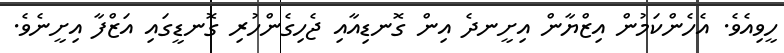
ހީވިއެވެ. އެހެންކަމުން އިޒްޔާން އިށީނދެ އިން ގޮނޑިއާއި ޖެހިގެންހުރި ގޮނޑީގައި އަޒްފާ އިށީނެވެ.